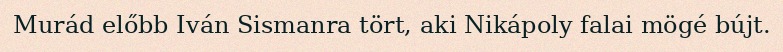
Murád előbb Iván Sismanra tört, aki Nikápoly falai mögé bújt.